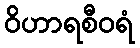
ဝိဟာရစီဝရံ